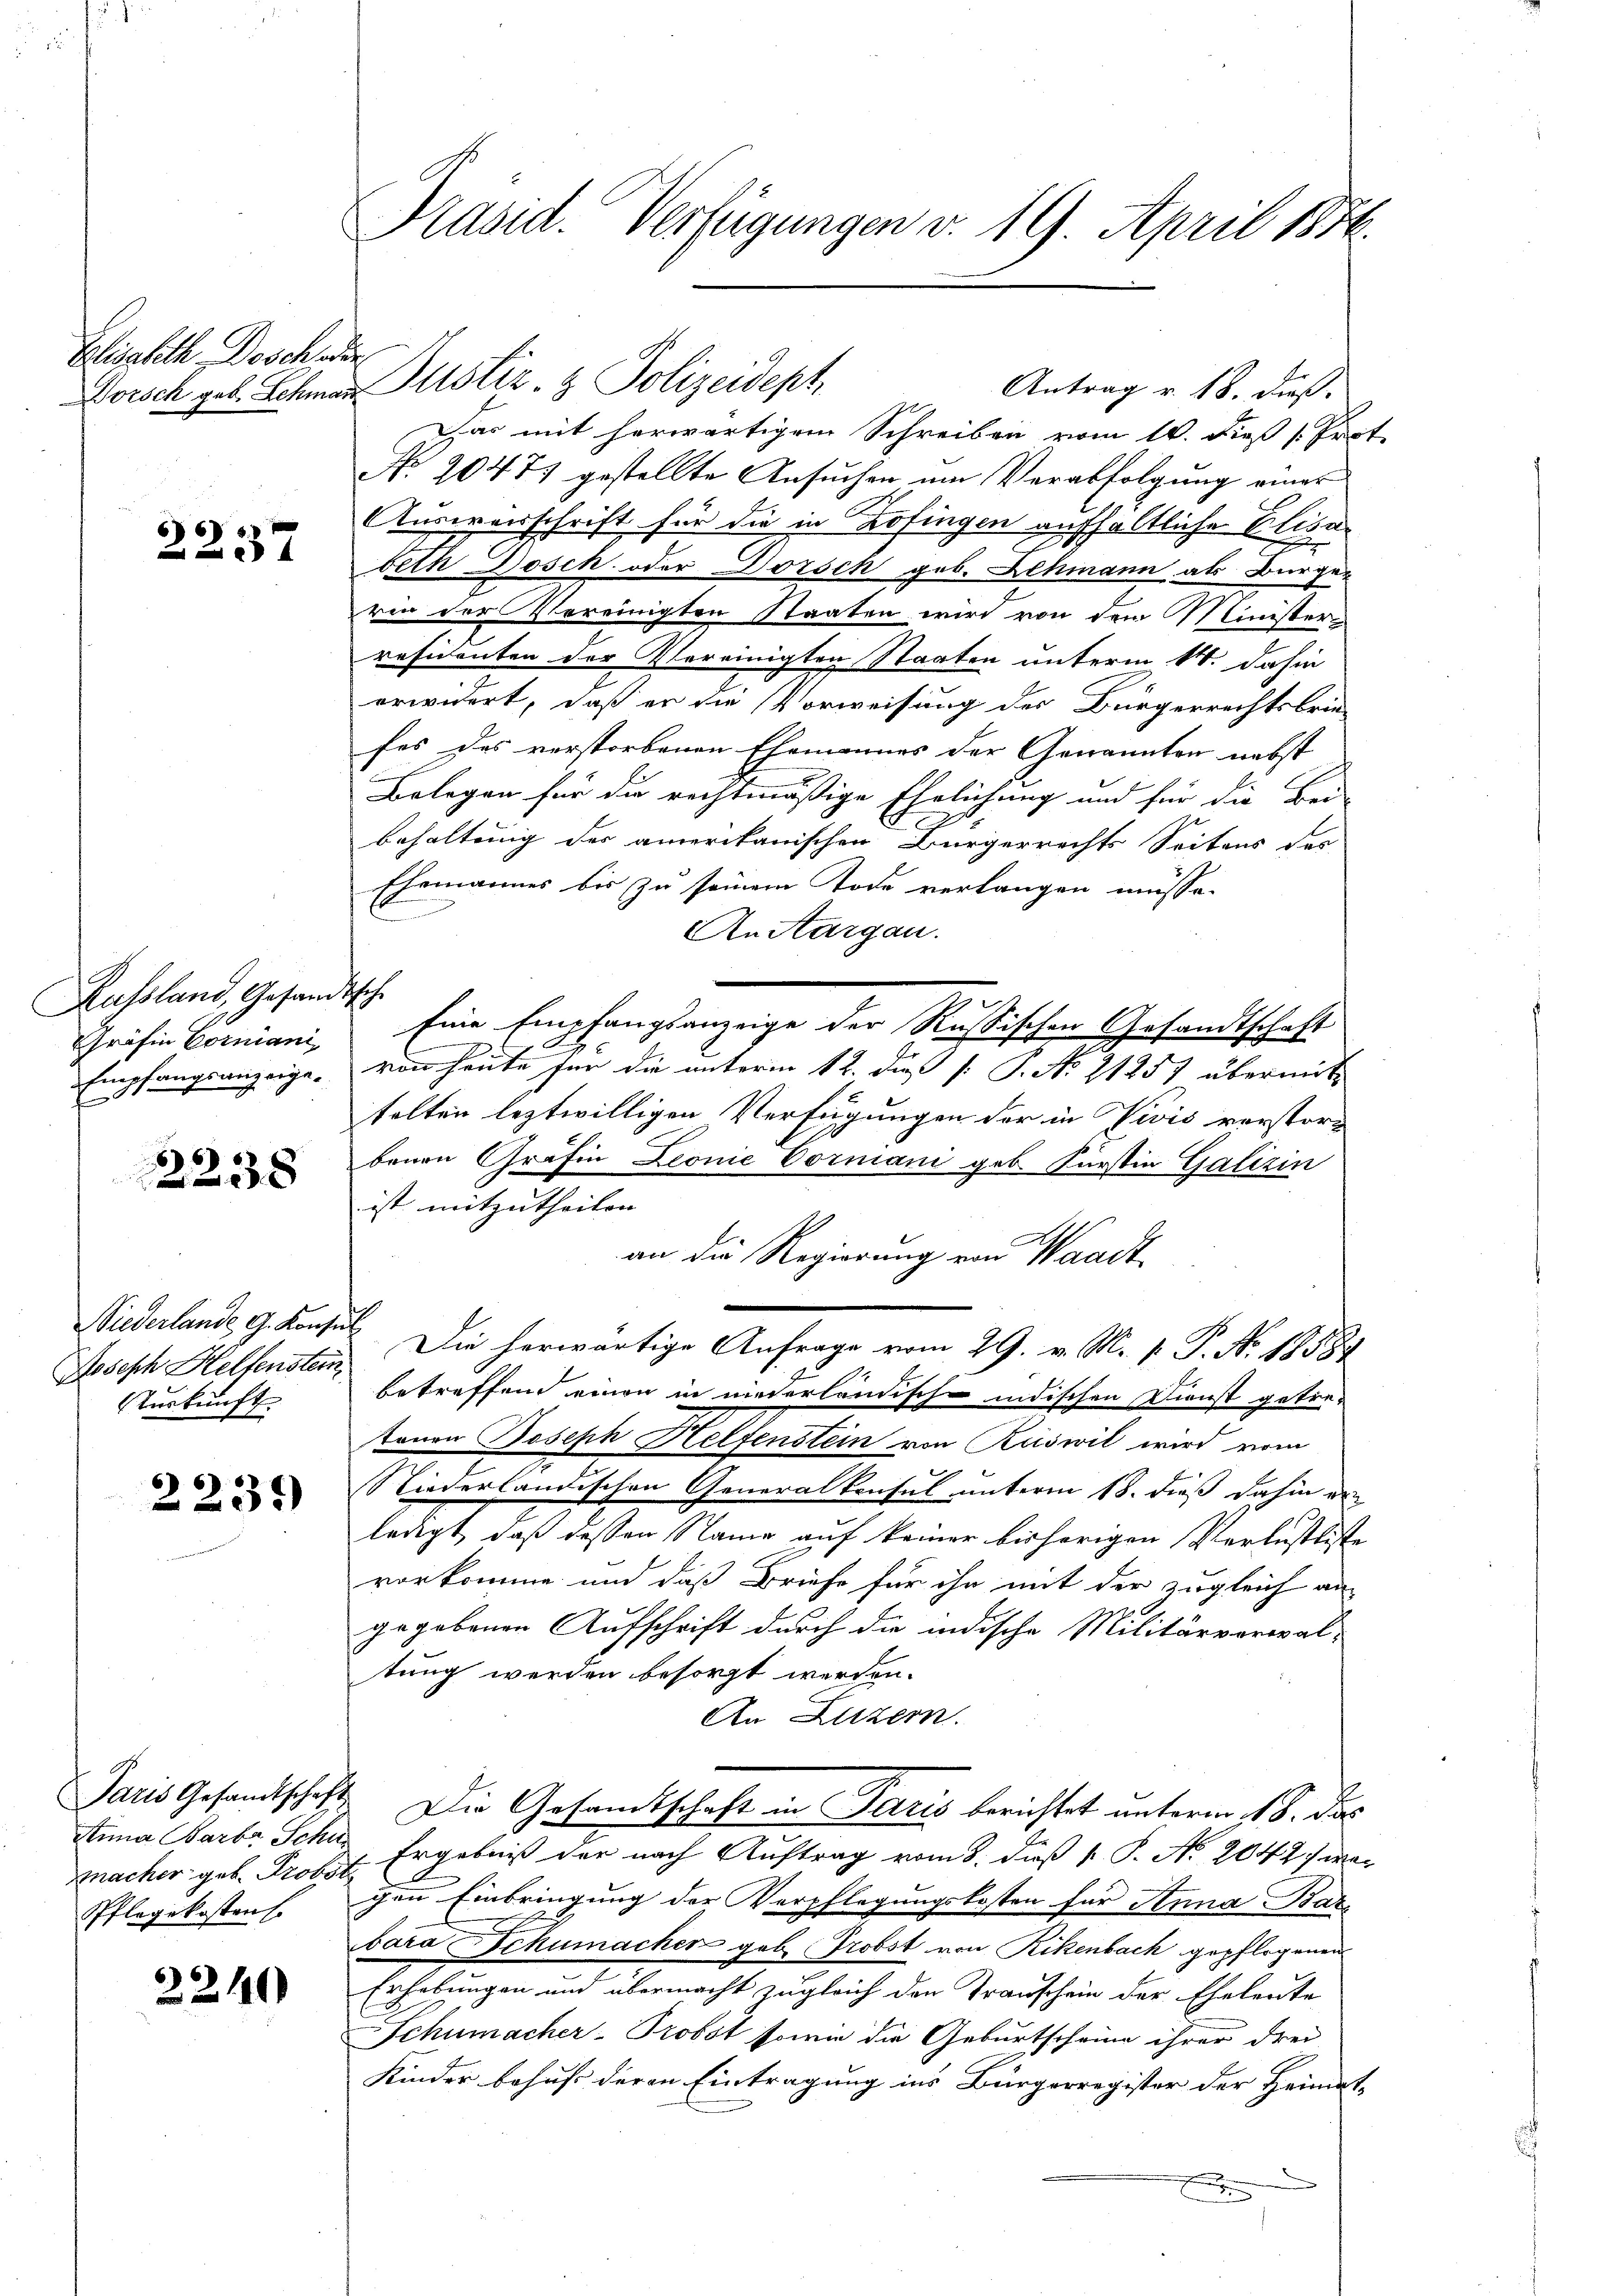
Elisabeth, Dosch oder

66)

Russland, Gesandtsche
Gräfin Corniani,
Empfangsanzeigef

2238

Niederlande G. Konsul
urkunft

2235)

Stina Barbr. Schu
Pflegekostens.

2240

Präsid. Verfügungen v. 19. April 1884.

dar mit herwärtigem Schreiben vom 10. dieß [Prot.
No. 20475 gestellte Ansuchen um Verabfolgung einer
Ausweisschrift für die in Zofingen aufhaltliche Elisag
beth Dosch oder Dorsch geb. Lehmann als Burge-
ren der Vereinigten Staaten wird von dem Minister
räsidenten der Vereinigten Staaten unterm 14. dahin
erwidert, daß er die Vorweisung des Bürgerrechtsbrie-
fes des verstorbenen Ehemannes der Genannten nebst
Belegen für die rechtmäßige Ehelichung und für die Bei-
behaltung der amerikanischen Bürgerrechts Seitens des
Ehemannes bis zu seinem Tode verlangen müsse.
AnAargau.
Eine Empfangsanzeige der Rußischen Gesandtschaft
von heute für die unterm 12. die P. No 21257 übermittelten leztwilligen Verfügungen der in Vivis verstorbenen Gräfin Leonie Vormani geb. Fürstin Galizin
ist mitzutheilen |
an die Regierung von Waadt,
Joseph Hellensten. Die herwärtige Anfrage vom 29. v. M. P. P. No. 18584
betreffend einen in niederländische indischen Dienst getretonen Joseph Helfenstein von Ruswil wird vom
Niederländischen Generalkonsul unterm 18. dieß dahin ein
langt, daß dessen Name auf keiner bisherigen Verlustliste
vorkomme und daß Briefe für ihn mit der zugleich an
gegebenen Aufschrift durch die indische Militärverwal-
tung werden besorgt werden.
An Luzern.
Paris Gesandtschaft. Die Gesandtschaft in Paris berichtet unterm 18. das
macher geb. Prof. Ergebniß der nach Auftrag vom 8. daß 1. P. Nr. 2042 war
gen Einbringung der Verpflegungskosten für Anna Baz
bara Schumacher geb. Probst von Rikenbach gepflogenen
Erhebungen und übermacht zugleich den Transchein der Eheleute
Schumacher-Probst sowie die Geburtscheine ihrer drei
Kinder behufs deren Eintragung ins Bürgerregister der Heimat-
E

Doisch geb. Schmar Altstiz- & Polizeidept,

Antrag v. 18. dieß.